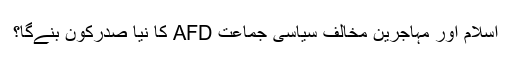
اسلام اور مہاجرین مخالف سیاسی جماعت AFD کا نیا صدرکون بنےگا؟